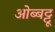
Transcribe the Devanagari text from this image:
ओब्बट्टू